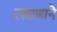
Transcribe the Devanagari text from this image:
लसणाने